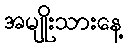
အမျိုးသားနေ့